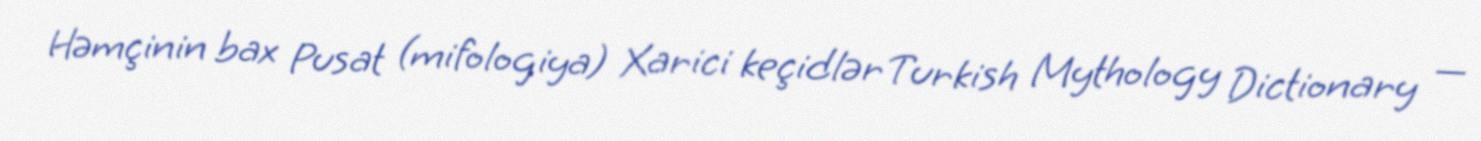
Həmçinin bax Pusat (mifologiya) Xarici keçidlər Turkish Mythology Dictionary —